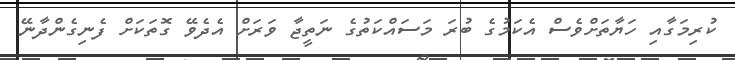
ކުރިމަގާއި ހަޔާތަށްވެސް އެކަމުގެ ބުރަ މަސައްކަތުގެ ނަތީޖާ ވަރަށް އެދެވޭ ގޮތަކަށް ފެނިގެންދާނޭ